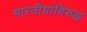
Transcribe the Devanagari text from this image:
भारतीयांविरुद्ध